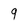
Character: 9